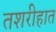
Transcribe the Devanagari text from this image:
तशरीहात